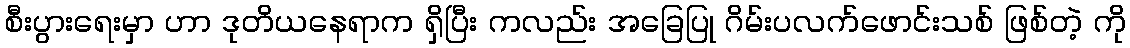
စီးပွားရေးမှာ ဟာ ဒုတိယနေရာက ရှိပြီး ကလည်း အခြေပြု ဂိမ်းပလက်ဖောင်းသစ် ဖြစ်တဲ့ ကို